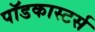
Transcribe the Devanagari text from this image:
पॉडकास्टर्स